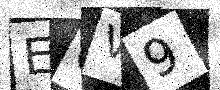
Text: EOV9